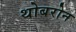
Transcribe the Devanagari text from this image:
थोबरोन